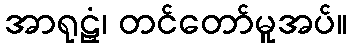
အာရုဠှံ၊ တင်တော်မူအပ်။